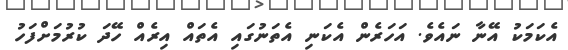
އެކަމަކު އޭނާ ނައެވެ. އަހަރެން އެކަނި އެތަނުގައި އެތައް އިރެއް ހޭދަ ކުރުމަށްފަހު